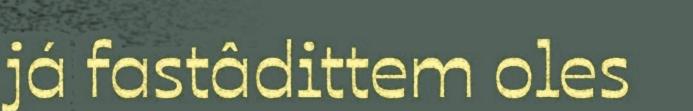
já fastâdittem oles